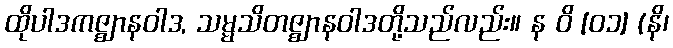
ထိုပါဒကဇ္ဈာနဝါဒ, သမ္မသိတဇ္ဈာနဝါဒတို့သည်လည်း။ န ဝိ [၀၁] (နိ၊